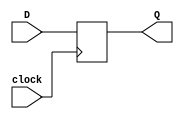
module D_FLIP_FLOP (D, Q, clock);
    input D, clock;
    output reg Q;

    initial begin
        Q = 1'b0;
    end
    always @ (posedge clock)
        Q <= D;
endmodule

module SHIFT_REGISTER (enable, in, clock, Q);
    input enable, in, clock;
    output [3: 0] Q;

    D_FLIP_FLOP DFF0(in, Q[0], clock);
    D_FLIP_FLOP DFF1(Q[0], Q[1], clock);
    D_FLIP_FLOP DFF2(Q[1], Q[2], clock);
    D_FLIP_FLOP DFF3(Q[2], Q[3], clock);
endmodule

module TESTBENCH;
    reg enable, in, clock;
    wire [3: 0] Q;

    SHIFT_REGISTER SHIFT_REG(enable, in, clock, Q);

    initial begin
        clock = 1'b0;
        enable = 1'b1;
    end

    always #5 clock = ~clock;

    always @ (posedge clock)
        $display ("IN = %b ENABLE = %b Q = %b\n", in, enable, Q);

    initial begin
        in = 1'b0;
        #10 in = 1'b1;
        #10 in = 1'b1;
        #10 in = 1'b0;
        #10 $finish;
    end

endmodule